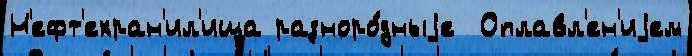
Н'ефт'ехран'ил'ища разноро́дныjе  Оплавл'ен'иjем